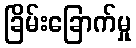
ခြိမ်းခြောက်မှု